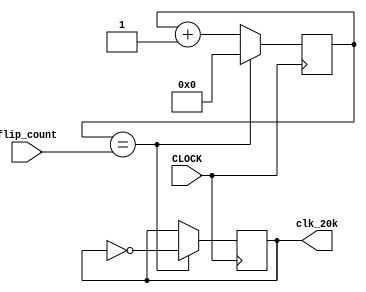
`timescale 1ns / 1ps
//////////////////////////////////////////////////////////////////////////////////
// Company: 
// Engineer: 
// 
// Design Name: 
// Module Name: clk20k
// Project Name: 
// Target Devices: 
// Tool Versions: 
// Description: 
// 
// Dependencies: 
// 
// Revision:
// Revision 0.01 - File Created
// Additional Comments:
// 
//////////////////////////////////////////////////////////////////////////////////


module clk20k(
    input CLOCK,
    input [31:0] flip_count,
    output reg clk_20k = 0
    );
    
    // create clock for 25Mhz checkin
    reg [31:0] counter = 32'b0;
    

    
    always @ (posedge CLOCK) begin
        counter <= (counter == flip_count) ? 0 : counter + 1;
        clk_20k <= (counter == flip_count)? ~clk_20k: clk_20k;
        
    end
endmodule